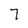
Character: 7